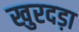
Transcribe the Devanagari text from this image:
खुरदड़ा